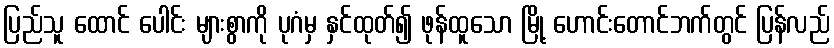
ပြည်သူ ထောင် ပေါင်း များစွာကို ပုဂံမှ နှင်ထုတ်၍ ဖုန်ထူသော မြို့ ဟောင်းတောင်ဘက်တွင် ပြန်လည်